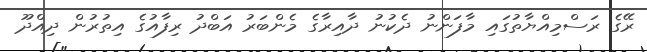
ރޭގެ ރަސްމިއްޔާތުގައި މާފަންނު ދެކުނު ދާއިރާގެ މެންބަރު އަބްދު ރިފާއުގެ އިތުރުން ދިއްދޫ